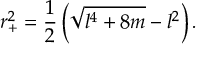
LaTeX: r _ { + } ^ { 2 } = \frac { 1 } { 2 } \left( \sqrt { l ^ { 4 } + 8 m } - l ^ { 2 } \right) .